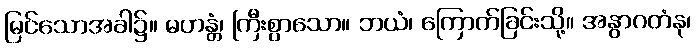
မြင်သောအခါ၌။ မဟန္တံ၊ ကြီးစွာသော။ ဘယံ၊ ကြောက်ခြင်းသို့။ အနွာဂတံနု၊